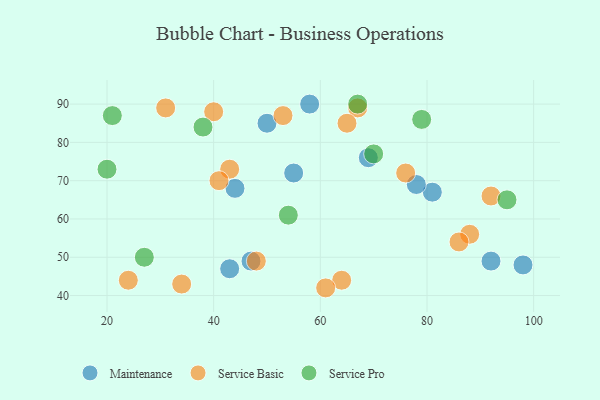
{"axis": {"x": "GDP", "y": "Life Expectancy"}, "legend": ["Maintenance", "Service Basic", "Service Pro"], "data": [{"x": "43", "y": 47, "type": "Maintenance"}, {"x": "81", "y": 67, "type": "Maintenance"}, {"x": "55", "y": 72, "type": "Maintenance"}, {"x": "78", "y": 69, "type": "Maintenance"}, {"x": "69", "y": 76, "type": "Maintenance"}, {"x": "50", "y": 85, "type": "Maintenance"}, {"x": "92", "y": 49, "type": "Maintenance"}, {"x": "58", "y": 90, "type": "Maintenance"}, {"x": "44", "y": 68, "type": "Maintenance"}, {"x": "47", "y": 49, "type": "Maintenance"}, {"x": "98", "y": 48, "type": "Maintenance"}, {"x": "24", "y": 44, "type": "Service Basic"}, {"x": "48", "y": 49, "type": "Service Basic"}, {"x": "43", "y": 73, "type": "Service Basic"}, {"x": "92", "y": 66, "type": "Service Basic"}, {"x": "88", "y": 56, "type": "Service Basic"}, {"x": "64", "y": 44, "type": "Service Basic"}, {"x": "31", "y": 89, "type": "Service Basic"}, {"x": "67", "y": 89, "type": "Service Basic"}, {"x": "53", "y": 87, "type": "Service Basic"}, {"x": "34", "y": 43, "type": "Service Basic"}, {"x": "61", "y": 42, "type": "Service Basic"}, {"x": "40", "y": 88, "type": "Service Basic"}, {"x": "76", "y": 72, "type": "Service Basic"}, {"x": "41", "y": 70, "type": "Service Basic"}, {"x": "86", "y": 54, "type": "Service Basic"}, {"x": "65", "y": 85, "type": "Service Basic"}, {"x": "20", "y": 73, "type": "Service Pro"}, {"x": "70", "y": 77, "type": "Service Pro"}, {"x": "27", "y": 50, "type": "Service Pro"}, {"x": "95", "y": 65, "type": "Service Pro"}, {"x": "79", "y": 86, "type": "Service Pro"}, {"x": "54", "y": 61, "type": "Service Pro"}, {"x": "21", "y": 87, "type": "Service Pro"}, {"x": "38", "y": 84, "type": "Service Pro"}, {"x": "67", "y": 90, "type": "Service Pro"}]}